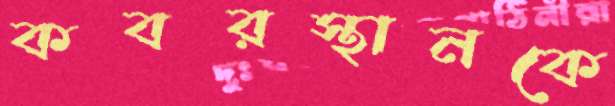
কবরস্থানকে